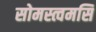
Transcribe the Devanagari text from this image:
सोमस्त्वमसि